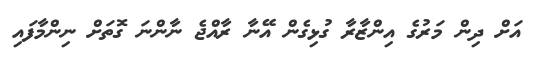
އަށް ދިން މަރުގެ އިންޒާރާ ގުޅިގެން އޭނާ ރާއްޖެ ނާންނަ ގޮތަށް ނިންމާފައި